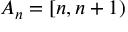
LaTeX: A _ { n } = \left[ n , n + 1 \right)